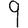
Digit: 9